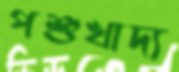
পশুখাদ্য